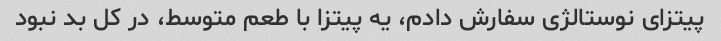
پیتزای نوستالژی سفارش دادم، یه پیتزا با طعم متوسط، در کل بد نبود